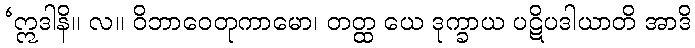
‘ဣဒါနိ။ လ။ ဝိဘာဝေတုကာမော၊ တတ္ထ ယေ ဒုက္ခာယ ပဋိပဒါယာတိ အာဒိ